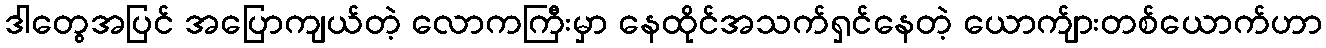
ဒါတွေအပြင် အပြောကျယ်တဲ့ လောကကြီးမှာ နေထိုင်အသက်ရှင်နေတဲ့ ယောက်ျားတစ်ယောက်ဟာ